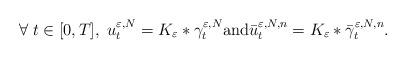
LaTeX: \begin{align*}\forall \; t \in [0,T], \; u_t^{\varepsilon,N} = K_{\varepsilon} \ast \gamma^{\varepsilon,N}_t \textrm{and} \bar u^{\varepsilon,N,n}_t = K_{\varepsilon} \ast \bar \gamma^{\varepsilon,N,n}_t.\end{align*}